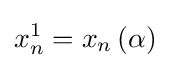
x_{n}^{1}=x_{n}\left(\alpha \right)